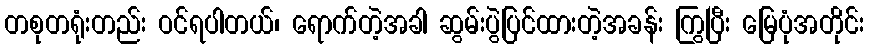
တစုတရုံးတည်း ဝင်ရပါတယ်၊ ရောက်တဲ့အခါ ဆွမ်းပွဲပြင်ထားတဲ့အခန်း ကြွပြီး မြေပုံအတိုင်း